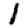
Digit: 1